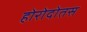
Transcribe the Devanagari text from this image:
होरोदोतस